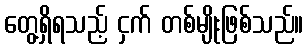
တွေ့ရှိရသည့် ငှက် တစ်မျိုးဖြစ်သည်။